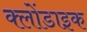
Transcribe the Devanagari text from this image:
क्लोंडाइक